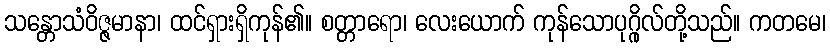
သန္တောသံဝိဇ္ဇမာနာ၊ ထင်ရှားရှိကုန်၏။ စတ္တာရော၊ လေးယောက် ကုန်သောပုဂ္ဂိုလ်တို့သည်။ ကတမေ၊